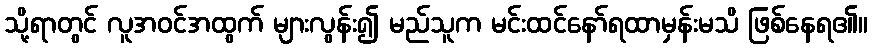
သို့ရာတွင် လူအဝင်အထွက် များလွန်း၍ မည်သူက မင်းထင်နော်ရထာမှန်းမသိ ဖြစ်နေရ၏။